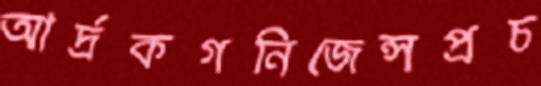
আর্দ্রকগনিজেন্সপ্রচ